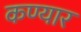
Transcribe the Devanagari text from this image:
कण्यार